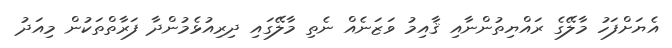
އެޔަށްފަހު މާލޭގެ ރައްޔިތުންނާއި ޤާއިމު ވަޒަނެއް ނެތި މާލޭގައި ދިރިއުޅެމުންދާ ފަރާތްތަކުން މިއަދު